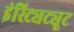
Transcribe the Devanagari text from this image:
इंस्ट्यिट्यूट